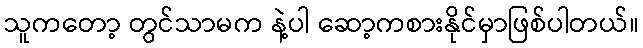
သူကတော့ တွင်သာမက နဲ့ပါ ဆော့ကစားနိုင်မှာဖြစ်ပါတယ်။